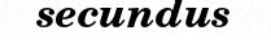
secundus